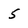
Character: 5